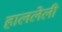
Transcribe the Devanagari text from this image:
हाललेली